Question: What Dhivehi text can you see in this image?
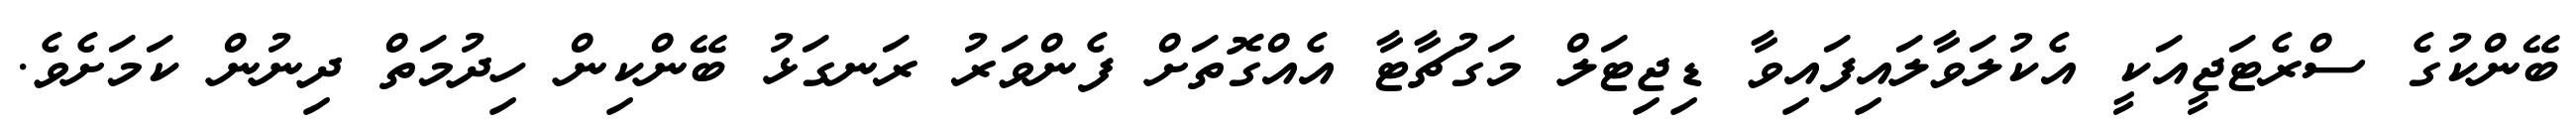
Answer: ބޭންކުގެ ސްރެޓަޖީއަކީ އެކުލަވާލައިފައިވާ ޑިޖިޓަލް މަގުޗާޓާ އެއްގޮތަށް ފެންވަރު ރަނގަޅު ބޭންކިން ހިދުމަތް ދިނުން ކަމަށެވެ.